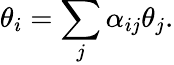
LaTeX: \theta_{i}=\sum_{j}\alpha_{ij}\theta_{j}.